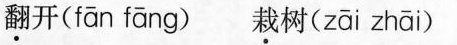
翻开（fān fāng） 栽树（zāi zhāi）